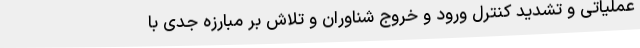
عملیاتی و تشدید کنترل ورود و خروج شناوران و تلاش بر مبارزه جدی با